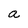
Character: a